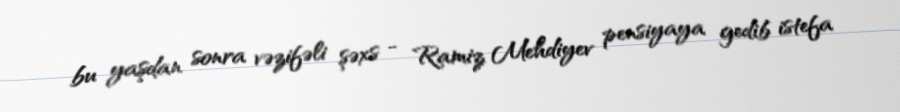
bu yaşdan sonra vəzifəli şəxs - Ramiz Mehdiyev pensiyaya gedib istefa